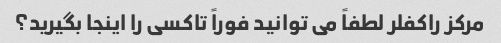
مرکز راکفلر لطفاً می توانید فوراً تاکسی را اینجا بگیرید؟